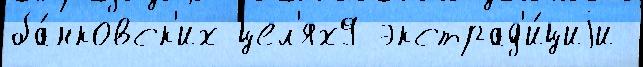
ба́нковск'их цел'ях9 экстрад'и́циjи